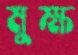
মুক্ষ